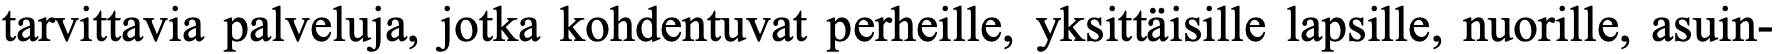
tarvittavia palveluja, jotka kohdentuvat perheille, yksittäisille lapsille, nuorille, asuin-